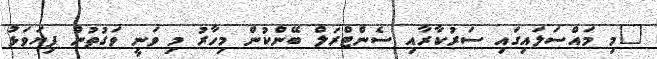
"މި މައްސަލައިގައި ސަރުކާރާއި ސެންޓްރަލް ބޭންކުން މިހާރު މި ވަނީ ވަގުތުން ފިޔަވަޅު